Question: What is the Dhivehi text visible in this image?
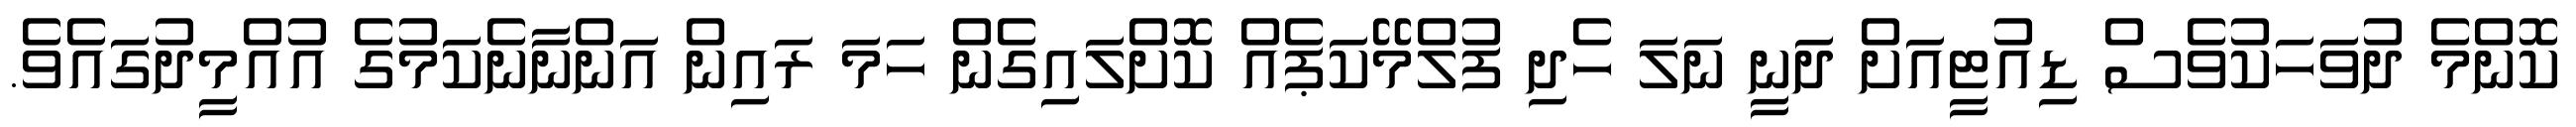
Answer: ކޮންމެ ދުވަހަކުވެސް ޑިއުޓީއަށް ދަނީ ނަލަ ހެދި ފުލްމޭކަޕެއް ކޮށްލައިގެން ހަމަ ރައިން އަންނާނެކަމުގެ އުއްމީދުގައެވެ.